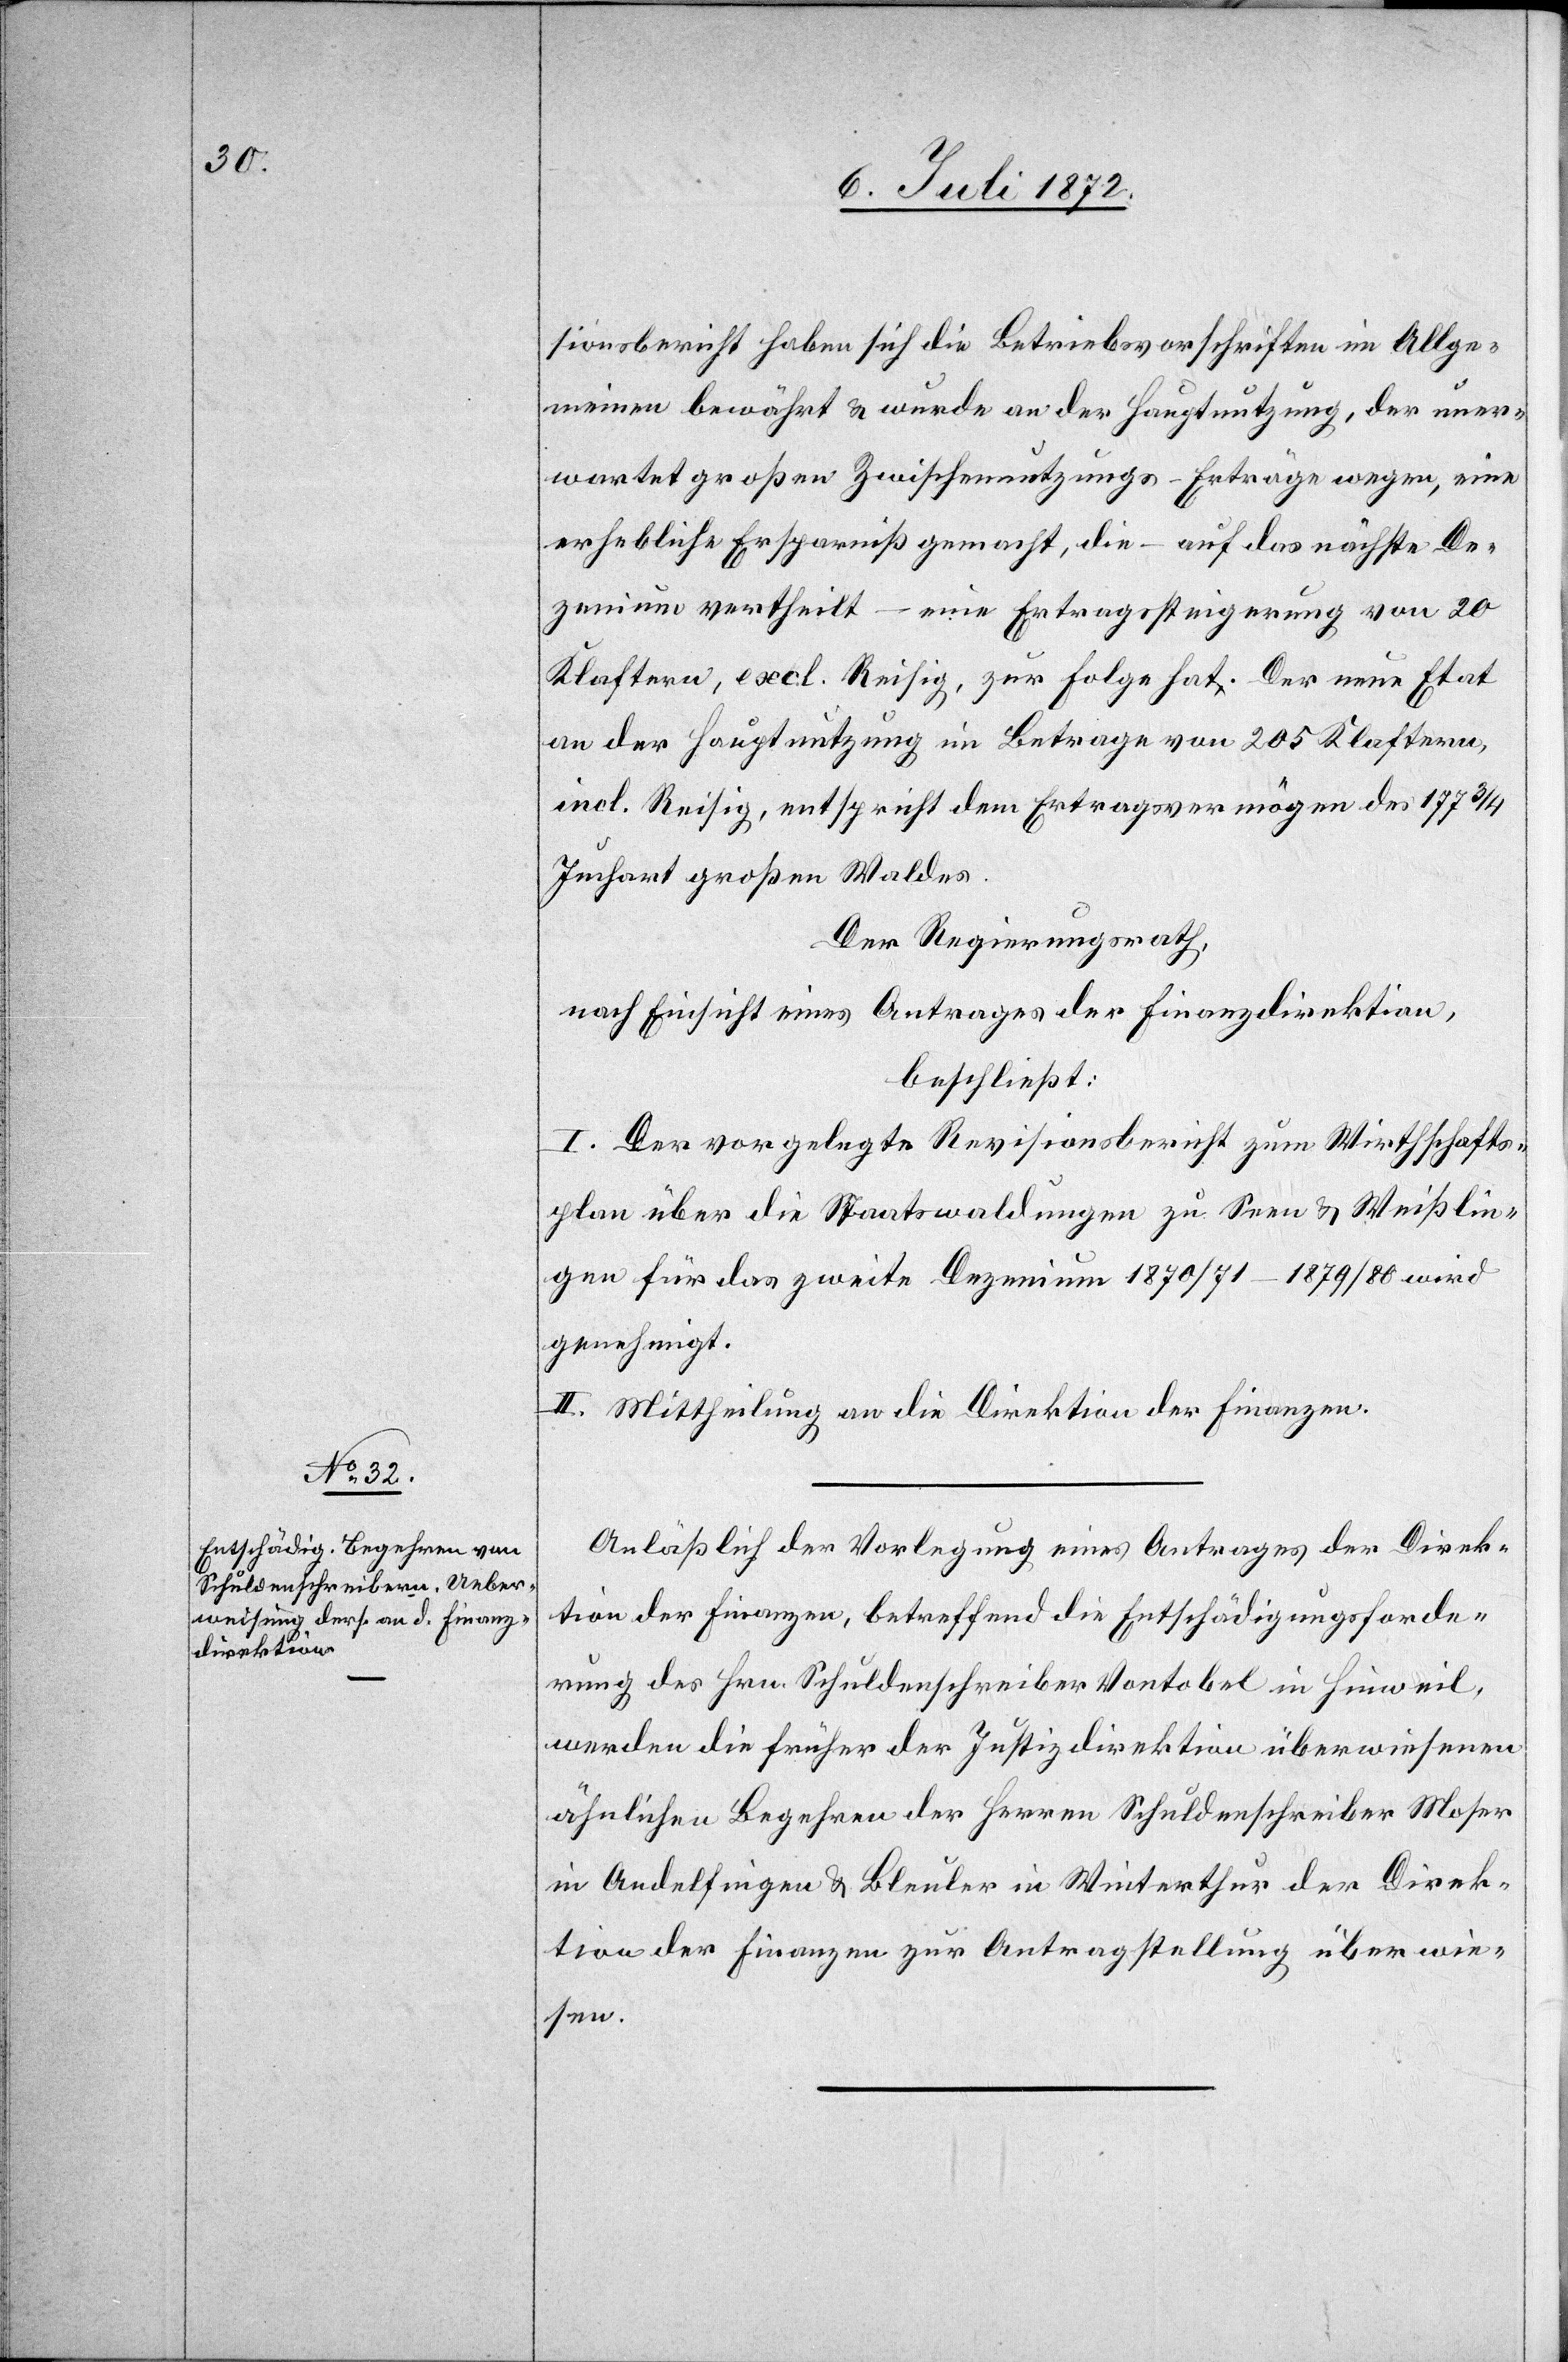
sionsbericht haben sich die Betriebsvorschriften im Allge¬
meinen bewährt u. wurde an der Hauptnutzung, der uner¬
wartet großen Zwischennutzungs-Erträge wegen, eine
erhebliche Ersparniß gemacht, die – auf das nächste De¬
zenium vertheilt – eine Ertragssteigerung von 20
Klaftern, excl. Reisig, zur Folge hat. Der neue Etat
an der Hauptnutzung im Betrage von 205 Klaftern,
incl. Reisig, entspricht dem Ertragsvermögen des 177 3/4
Juchart großen Waldes.
Der Regierungsrath,
nach Einsicht eines Antrages der Finanzdirektion,
beschließt:
I. Der vorgelegte Revisionsbericht zum Wirthschafts¬
plan über die Staatswaldungen zu Seen u. Weißlin¬
gen für das zweite Dezenium 1870/71–1879/80 wird
genehmigt.
II. Mittheilung an die Direktion der Finanzen.
Anläßlich der Vorlegung eines Antrages der Direk¬
tion der Finanzen, betreffend die Entschädigungsforde¬
rung des Hrn. Schuldenschreiber Vontobel in Hinweil,
werden die früher der Justizdirektion überwiesenen
ähnlichen Begehren der Herren Schuldenschreiber Moser
in Andelfingen u. Bleuler in Winterthur der Direk¬
tion der Finanzen zur Antragstellung überwie¬
sen.